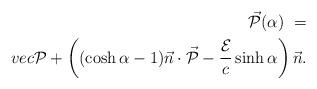
LaTeX: \begin{align*}\vec{\cal{P}}(\alpha) \ = \\vec{\cal{P}} + \left((\cosh\alpha-1)\vec{n}\cdot\vec{\cal{P}} -\frac{\cal{E}}{c}\sinh\alpha\right)\vec{n} .\end{align*}